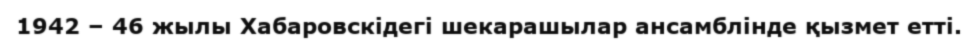
1942 – 46 жылы Хабаровскідегі шекарашылар ансамблінде қызмет етті.